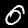
Digit: 0